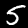
Label: 5